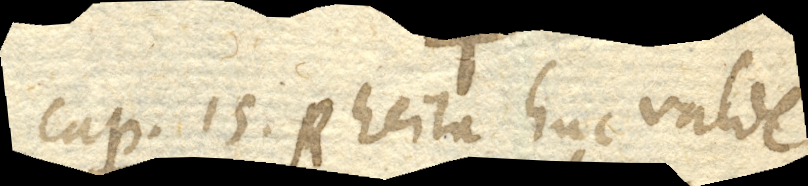
Cap. 15. Rheita huc valde